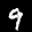
Label: 9